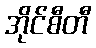
အိုင်စီတီ